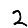
Digit: 2